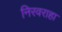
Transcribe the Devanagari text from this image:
निरवराहा